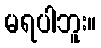
မရပါဘူး။